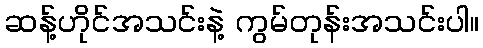
ဆန့်ဟိုင်အသင်းနဲ့ ကွမ်တုန်းအသင်းပါ။